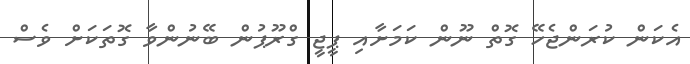
އެކަން ކުރަންޖެހޭ ގޮތް ނޫން ކަމަށާއި ޕީޖީ ގްރޫޕުން ބޭނުންވާ ގޮތަކަށް ވެސް